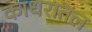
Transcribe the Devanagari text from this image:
काधरातल